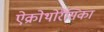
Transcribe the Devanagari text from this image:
ऐक्रोथोरैसिका